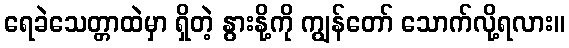
ရေခဲသေတ္တာထဲမှာ ရှိတဲ့ နွားနို့ကို ကျွန်တော် သောက်လို့ရလား။